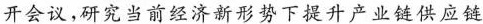
开会议，研究当前经济新形势下提升产业链供应链